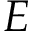
E